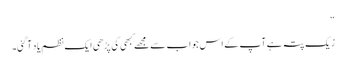
“
زیک پتہ ہے آپ کے اس جواب سے مجھے کبھی کی پڑھی ایک نظم یاد آگئی۔